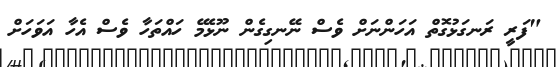
"ފަރީ ރަނގަޅުގޮތް އަހަންނަށް ވެސް ނޭނގިގެން ނޫޅެމޭ ހައްތަހާ ވެސް އެހާ އަވަހަށް